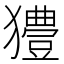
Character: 𤣁